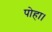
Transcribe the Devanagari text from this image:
पोहा।